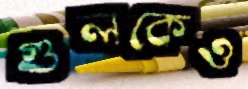
গুলকেও